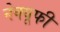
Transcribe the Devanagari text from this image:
नेक्यूफी